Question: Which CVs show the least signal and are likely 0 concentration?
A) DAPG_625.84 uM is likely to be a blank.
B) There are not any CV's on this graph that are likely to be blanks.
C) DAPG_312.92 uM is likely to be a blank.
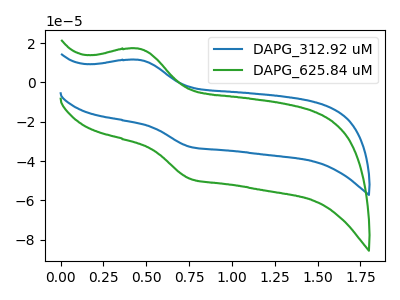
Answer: <think>The blue curve "DAPG_312.92 uM" has an anodic peak at (0.45V, 11.50uA) and a cathodic peak at (0.75V, -32.80uA). The green curve "DAPG_625.84 uM" has an anodic peak at (0.45V, 17.20uA) and a cathodic peak at (0.75V, -49.10uA).</think>
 <answer>B) There are not any CV's on this graph that are likely to be blanks.</answer>
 <eval>B</eval>